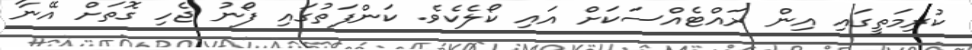
ކުރިމަތީގައި އިން ރައްޓެއްސަކަށް އައި ކޯލެކެވެ. ކަންފަތުގައި ފޯނު ޖެހި ގޮތަށް އޭނާ